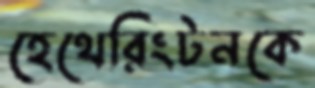
হেথেরিংটনকে